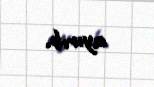
ayırıb.